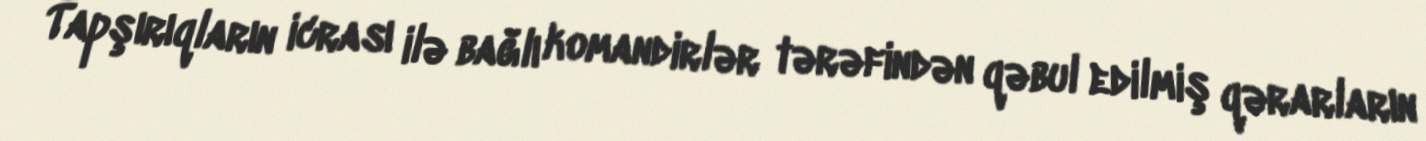
Tapşırıqların icrası ilə bağlı komandirlər tərəfindən qəbul edilmiş qərarların